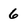
Character: 6